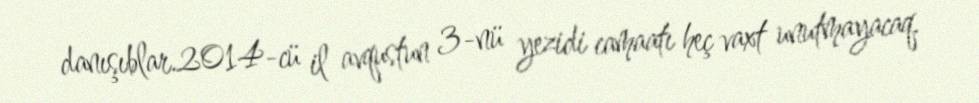
danışıblar.2014-cü il avqustun 3-nü yezidi camaatı heç vaxt unutmayacaq.